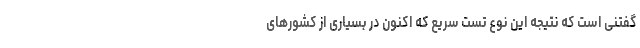
گفتنی است که نتیجه این نوع تست سریع که اکنون در بسیاری از کشورهای